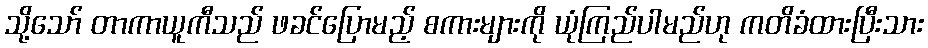
သို့သော် တာကာယူကီသည် ဖခင်ပြောမည့် စကားများကို ယုံကြည်ပါမည်ဟု ကတိခံထားပြီးသား